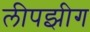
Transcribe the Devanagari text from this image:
लीपझीग